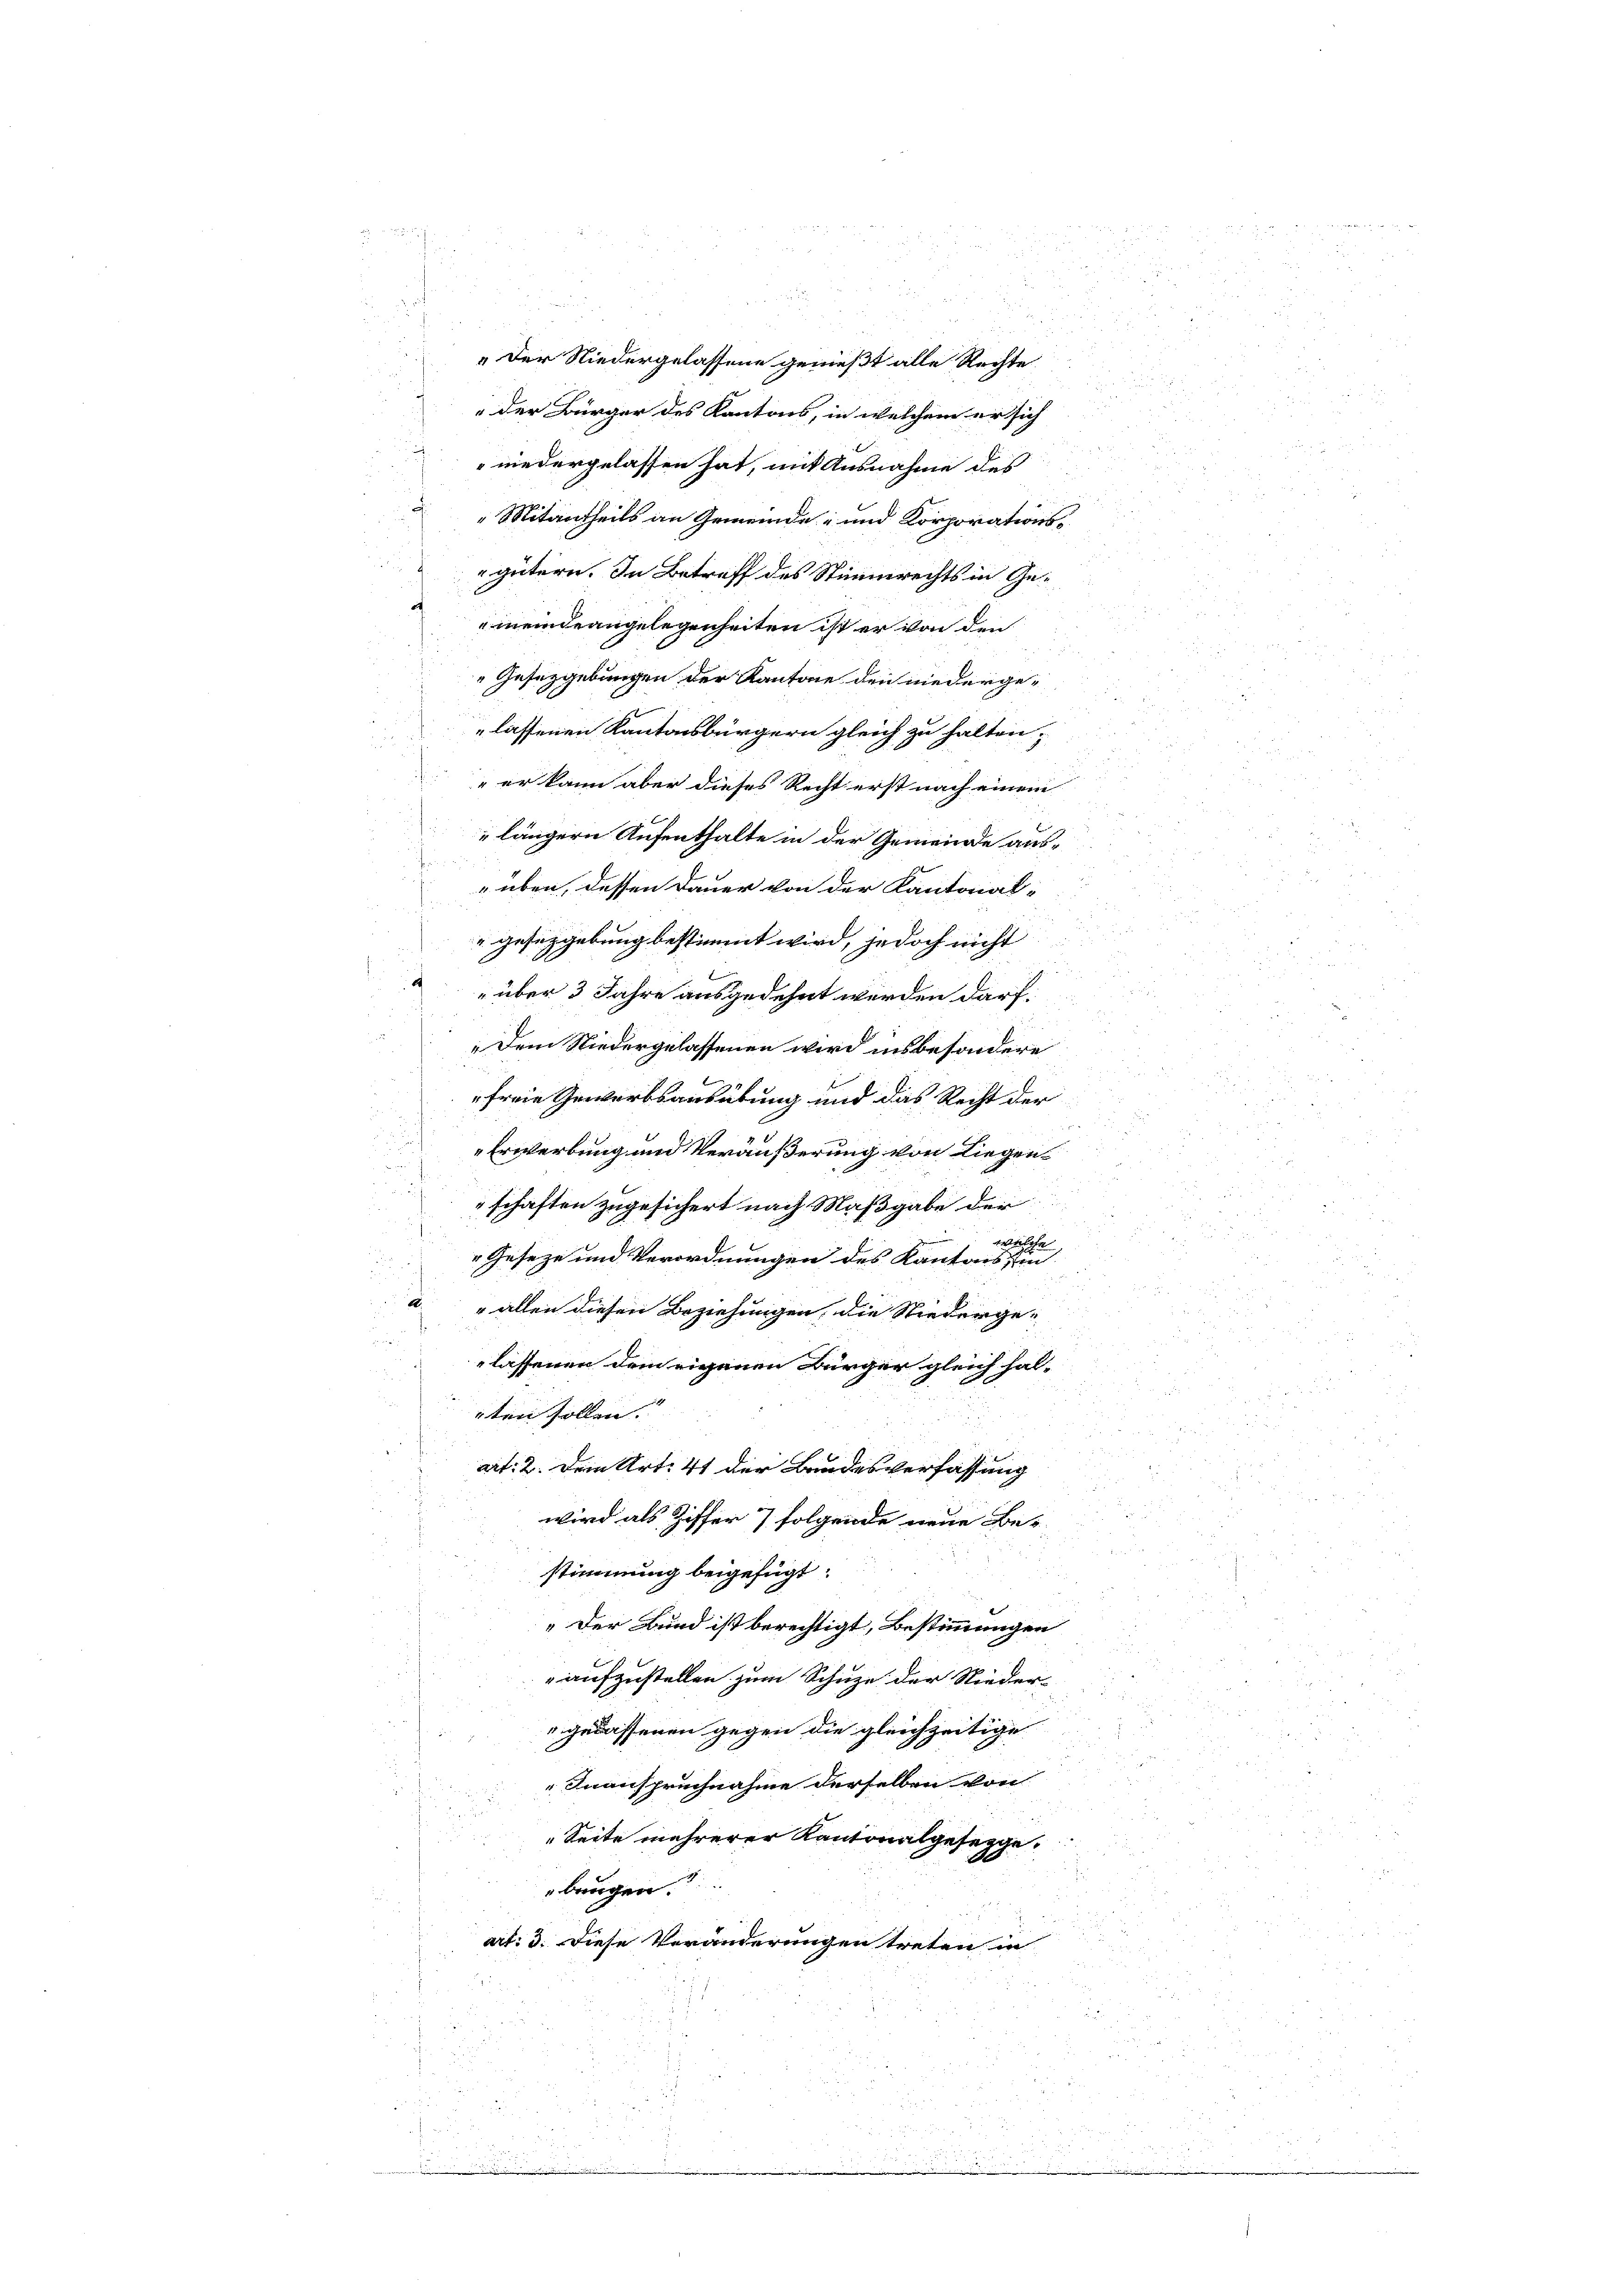
i
u
.
„Der Niedergelassene genießt alle Rechte
der Bürger des Kantons, in welchem er sich
 niedergelassen hat, mit Ausnahme des
 " Mitantheils an Gemeinde- und Korporations-
gütern. In Betreff des Stimmrechts in Gemeindeangelegenheiten ist er von den
.
"Gesetzgebungen der Kantone den niedergelassenen Kantonsbürgern gleich zu halten.
5
" er kann aber dieses Recht erst nach einem
" längern Aufenthalte in der Gemeinde ausüben, dessen Dauer von der Kantonal-
" gesetzgebung bestimmt wird, jedoch nicht
s
2
5
a
n
" über 3 Jahre ausgedehnt werden darf.
5
r
„Dem Niedergelassenen wird insbesondere
i
2
freie Gewerbsausübung und das Recht der

22
Erwerbung und Veräußerung von Liegen¬

i
schaften zugesichert nach Maßgabe der

vetische
u
22
85
Geseze und Verordnungen des Kantons, in

a" allen diesen Beziehungen, die Niederge-
u
.
lassenen dem eigenen Bürger gleich hal-
u
rten sollen.

at: 2. Dem Art. 41 der Bandesverfassung
wird als Ziffer 7 folgende neue Be-
stimmung beigefügt:
„Der Bund ist berechtigt, Bestimmungen
.
aufzustellen zum Schuze der Nieder-
gelassenen gegen die gleichzeitige
1

Inanspruchnahme derselben von
" Seite mehrerer Kantonalgesetzge
.
beugen
art: 3. Diese Veränderungen treten in